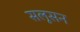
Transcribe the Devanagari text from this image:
सलूसन